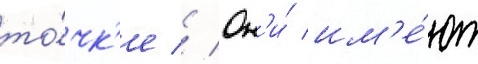
то́чк'е // Он'и́ им'е́ют